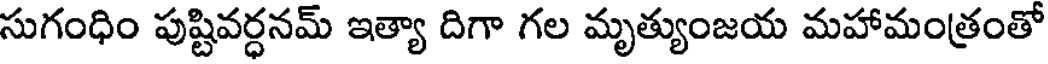
సుగంధిం పుష్టివర్ధనమ్ ఇత్యా దిగా గల మృత్యుంజయ మహామంత్రంతో